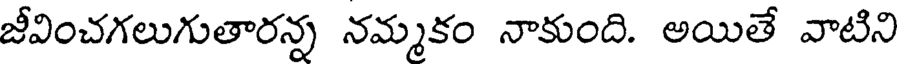
జీవించగలుగుతారన్న నమ్మకం నాకుంది. అయితే వాటిని